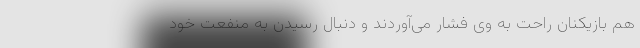
هم بازیکنان راحت به وی فشار می‌آوردند و دنبال رسیدن به منفعت خود